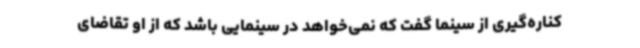
کناره‌گیری از سینما گفت که نمی‌خواهد در سینمایی باشد که از او تقاضای